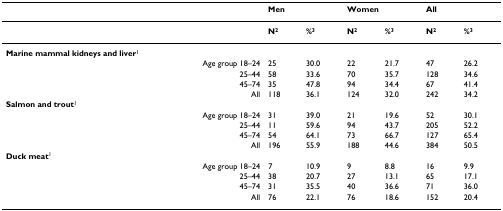
<table><thead><tr><td></td><td colspan="2"><b>Men</b></td><td colspan="2"><b>Women</b></td><td colspan="2"><b>All</b></td></tr></thead><tbody><tr><td></td><td><b>N</b><sup><b>2</b></sup></td><td><b>%</b><sup><b>3</b></sup></td><td><b>N</b><sup><b>2</b></sup></td><td><b>%</b><sup><b>3</b></sup></td><td><b>N</b><sup><b>2</b></sup></td><td><b>%</b><sup><b>3</b></sup></td></tr><tr><td><b>Marine mammal kidneys and liver</b><sup>1</sup></td><td></td><td></td><td></td><td></td><td></td><td></td></tr><tr><td>Age group 18–24</td><td>25</td><td>30.0</td><td>22</td><td>21.7</td><td>47</td><td>26.2</td></tr><tr><td>25–44</td><td>58</td><td>33.6</td><td>70</td><td>35.7</td><td>128</td><td>34.6</td></tr><tr><td>45–74</td><td>35</td><td>47.8</td><td>94</td><td>34.4</td><td>67</td><td>41.4</td></tr><tr><td>All</td><td>118</td><td>36.1</td><td>124</td><td>32.0</td><td>242</td><td>34.2</td></tr><tr><td><b>Salmon and trout</b><sup>1</sup></td><td></td><td></td><td></td><td></td><td></td><td></td></tr><tr><td>Age group 18–24</td><td>31</td><td>39.0</td><td>21</td><td>19.6</td><td>52</td><td>30.1</td></tr><tr><td>25–44</td><td>11</td><td>59.6</td><td>94</td><td>43.7</td><td>205</td><td>52.2</td></tr><tr><td>45–74</td><td>54</td><td>64.1</td><td>73</td><td>66.7</td><td>127</td><td>65.4</td></tr><tr><td>All</td><td>196</td><td>55.9</td><td>188</td><td>44.6</td><td>384</td><td>50.5</td></tr><tr><td><b>Duck meat</b><sup>1</sup></td><td></td><td></td><td></td><td></td><td></td><td></td></tr><tr><td>Age group 18–24</td><td>7</td><td>10.9</td><td>9</td><td>8.8</td><td>16</td><td>9.9</td></tr><tr><td>25–44</td><td>38</td><td>20.7</td><td>27</td><td>13.1</td><td>65</td><td>17.1</td></tr><tr><td>45–74</td><td>31</td><td>35.5</td><td>40</td><td>36.6</td><td>71</td><td>36.0</td></tr><tr><td>All</td><td>76</td><td>22.1</td><td>76</td><td>18.6</td><td>152</td><td>20.4</td></tr></tbody></table>